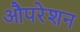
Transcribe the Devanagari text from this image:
औपरेशन